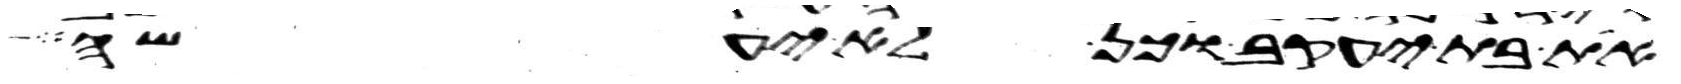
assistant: את בת יעקב וכן לא יעשה